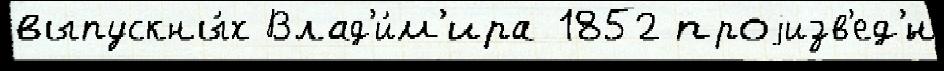
выпускны́х Влад'и́м'ира 1852 проjизв'ед'́н